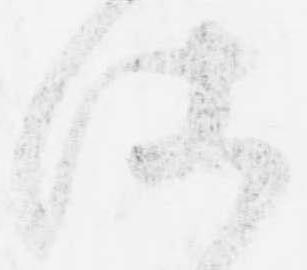
仕